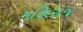
મણિરાજ